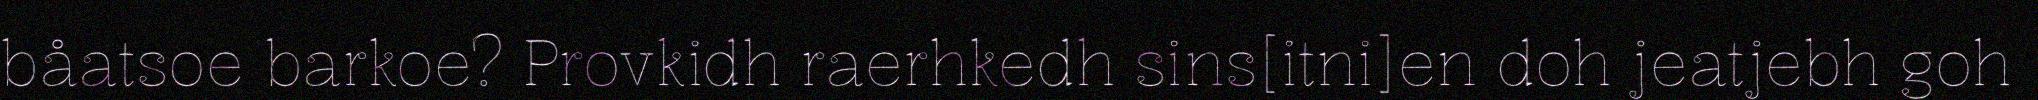
båatsoe barkoe? Provkidh raerhkedh sins[itni]en doh jeatjebh goh